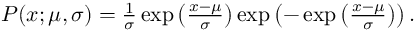
\begin{array} { r } { P ( x ; \mu , \sigma ) = \frac { 1 } { \sigma } \exp \left( \frac { x - \mu } { \sigma } \right) \exp \left( - \exp \left( \frac { x - \mu } { \sigma } \right) \right) . } \end{array}